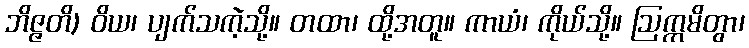
ဘိဇ္ဇတိ) ဝိယ၊ ပျက်သကဲ့သို့။ တထာ၊ ထို့အတူ။ ကာယံ၊ ကိုယ်သို့။ ဩက္ကမိတွာ၊